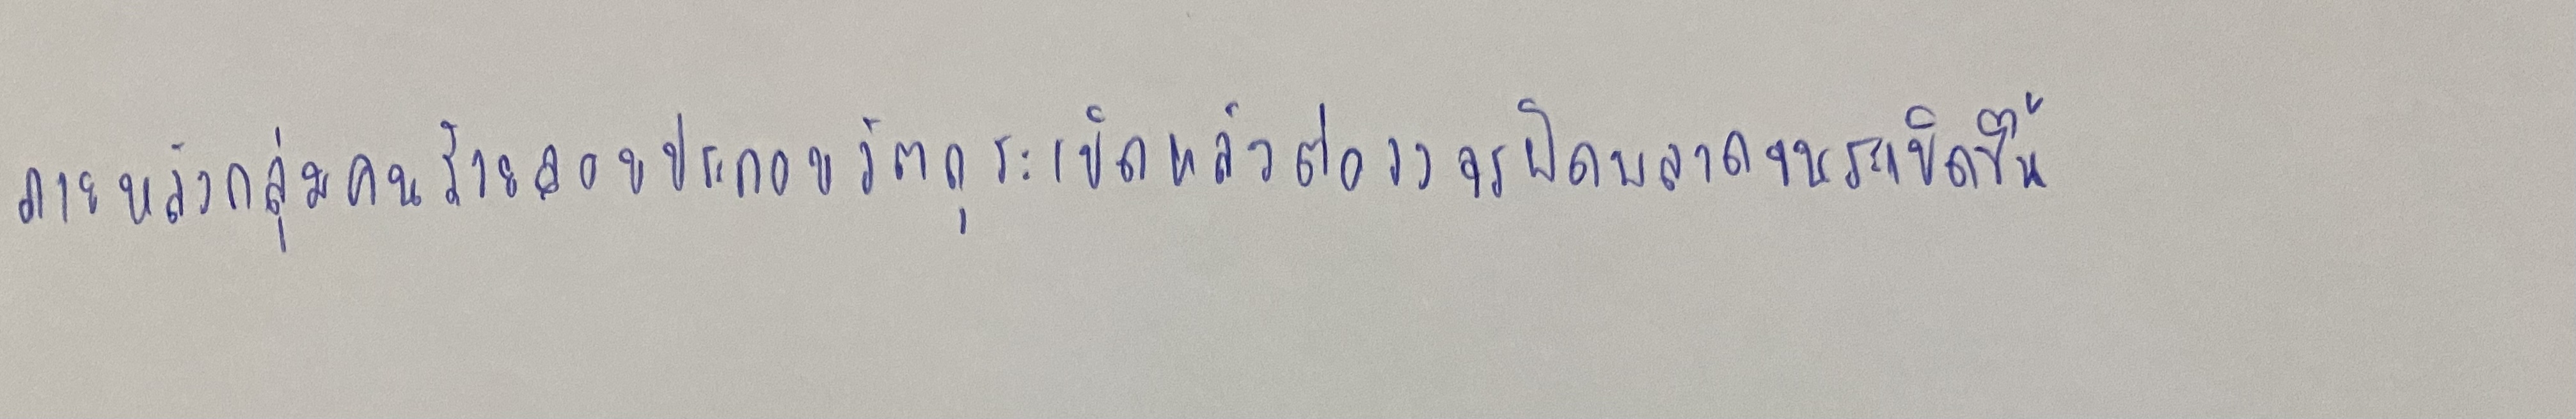
ภายหลังกลุ่มคนร้ายลอบประกอบวัตถุระเบิดแล้วต่อวงจรผิดพลาดจนระเบิดขึ้น